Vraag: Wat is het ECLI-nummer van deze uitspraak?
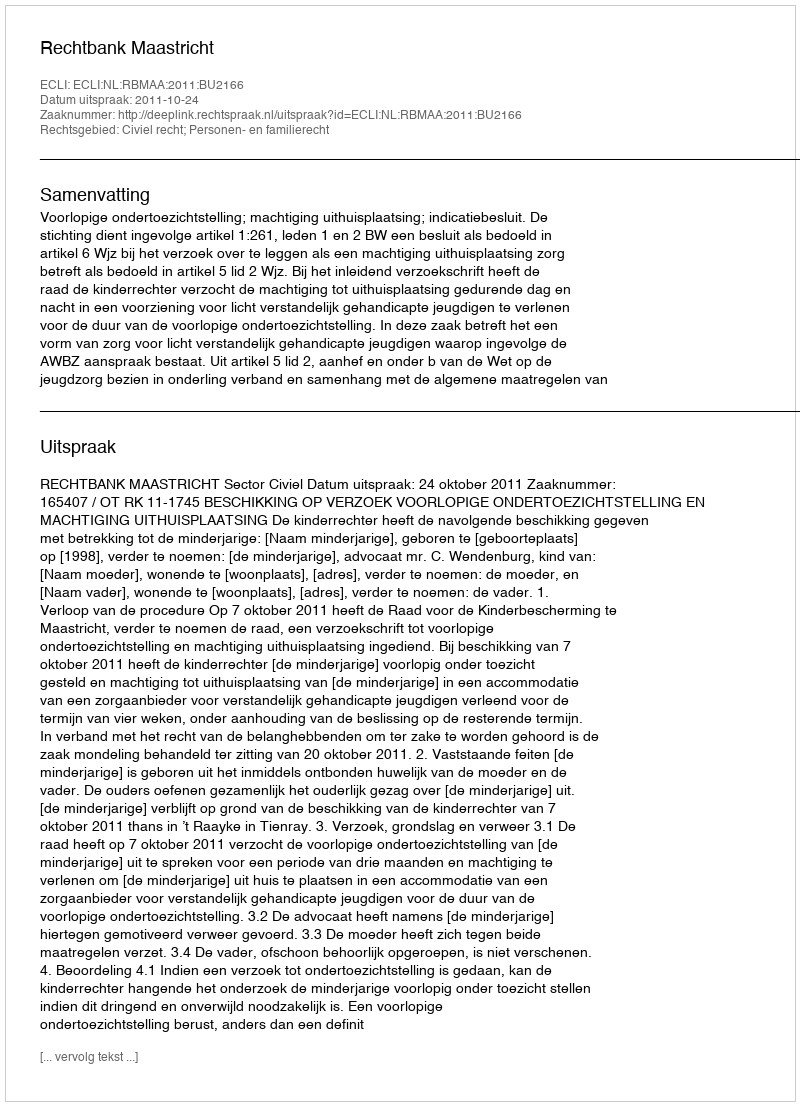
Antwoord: ECLI:NL:RBMAA:2011:BU2166